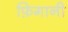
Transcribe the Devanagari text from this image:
फ़िगानी